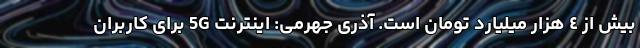
بیش از ٤ هزار میلیارد تومان است. آذری جهرمی: اینترنت 5G برای کاربران